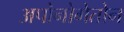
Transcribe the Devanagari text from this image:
अपोनोगेतोन